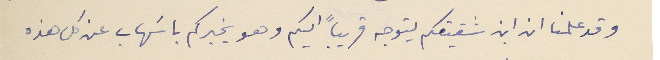
وقد علمنا ان ابن شقيقكم يتوجه قريباً اليكم وهو يخبركم باسَهاب عن كل هذه